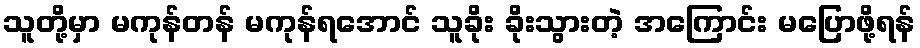
သူတို့မှာ မကုန်တန် မကုန်ရအောင် သူခိုး ခိုးသွားတဲ့ အကြောင်း မပြောဖို့ရန်